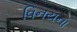
વિનયના